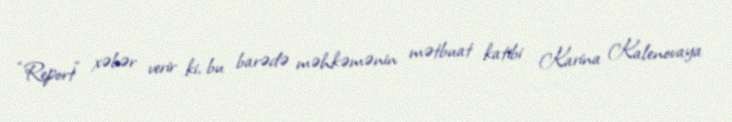
“Report” xəbər verir ki, bu barədə məhkəmənin mətbuat katibi Karina Kalenovaya